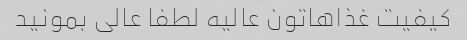
کیفیت غذاهاتون عالیه لطفا عالی بمونید